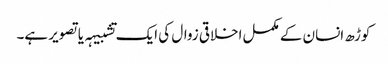
کوڑھ انسان کے مکمل اخلاقی زوال کی ایک تشبیہہ یا تصویر ہے۔